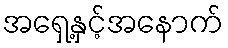
အရှေ့နှင့်အနောက်